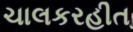
ચાલકરહીત